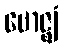
ဗောဇ္ဈံ